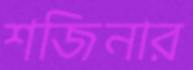
শজিনার